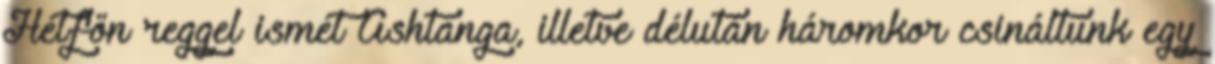
Hétfőn reggel ismét Ashtanga, illetve délután háromkor csináltunk egy